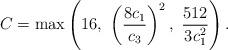
LaTeX: \begin{align*}C=\max\left(16,\ \left(\frac{8c_1}{c_3}\right)^2,\ \frac{512}{3 c_1^2}\right).\end{align*}